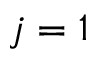
j = 1